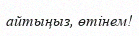
айтыңыз, өтінем!